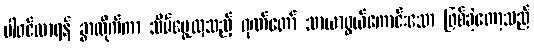
ပါဝင်လာရန် ခွာလိုက်ကာ သိမ်မွေ့လှသည့် ဂုဏ်တော် သာယာဖွယ်ကောင်းသော ဖြစ်ခဲ့တော့သည်